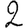
Digit: 2